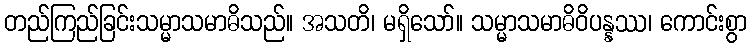
တည်ကြည်ခြင်းသမ္မာသမာဓိသည်။ အသတိ၊ မရှိသော်။ သမ္မာသမာဓိဝိပန္နဿ၊ ကောင်းစွာ